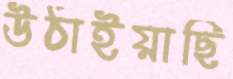
উঠাইয়াছি